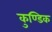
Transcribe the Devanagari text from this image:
कुण्डिक